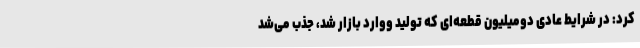
کرد: در شرایط عادی دومیلیون قطعه‌ای که تولید ووارد بازار شد، جذب می‌شد